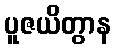
ပူဇယိတွာန